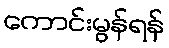
ကောင်းမွန်ရန်